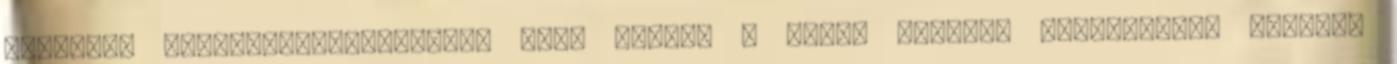
korábban pénzügyminiszterként vett részt. A világ második legnépesebb országa